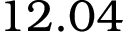
1 2 . 0 4